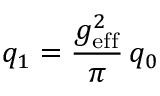
q _ { 1 } = { \frac { g _ { \mathrm { e f f } } ^ { 2 } } { \pi } } \, q _ { 0 }